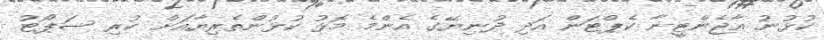
ކުޅުނު އާޖެންޓީނާ ކެޕްޓަން އަދި ދުނިޔޭގެ އެންމެ މޮޅު ކުޅުންތެރިޔާއަށް ކުރި ސަޕޯޓު